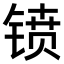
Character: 𫔁